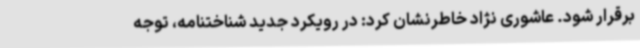
برقرار شود. عاشوری نژاد خاطرنشان کرد: در رویکرد جدید شناختنامه، توجه